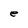
Character: e